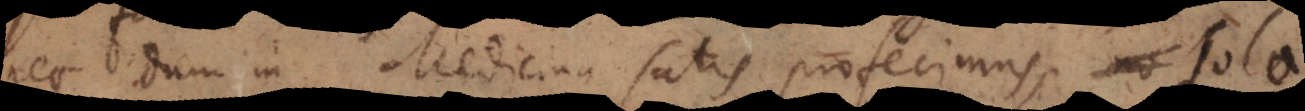
nec dum in Medicina satis profecimus, sola